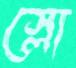
স্লো